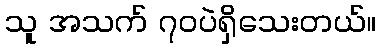
သူ အသက် ၇၀ပဲရှိသေးတယ်။